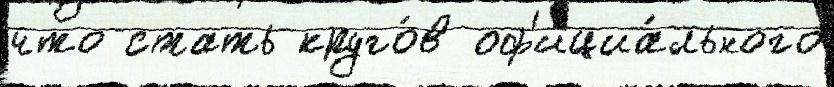
что стать круго́в оф'ициа́льного